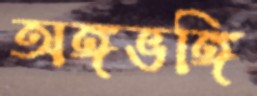
অঙ্গভঙ্গি